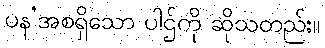
ပန’အစရှိသော ပါဌ်ကို ဆိုသတည်း။